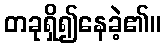
တခုရှိ၍နေခဲ့၏။